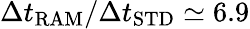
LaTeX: \Delta t_{\mathrm{RAM}}/\Delta t_{\mathrm{STD}}\simeq 6.9